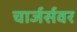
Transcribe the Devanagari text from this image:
चार्जर्सवर